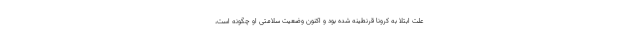
علت ابتلا به کرونا قرنطینه شده بود و اکنون وضعیت سلامتی او چگونه است،